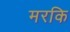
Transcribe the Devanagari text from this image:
मरकि